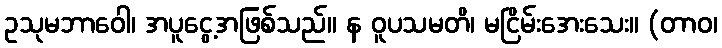
ဥသုမဘာဝေါ၊ အပူငွေ့အဖြစ်သည်။ န ဝူပသမတိ၊ မငြိမ်းအေးသေး။ (တာဝ၊